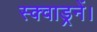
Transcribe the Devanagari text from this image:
स्क्वाड्रनें।